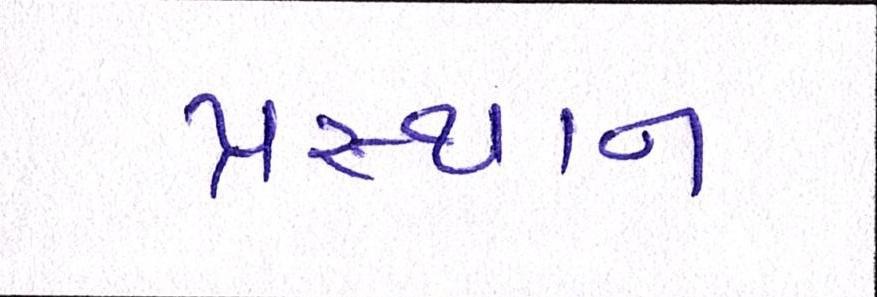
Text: પ્રસ્થાન